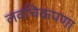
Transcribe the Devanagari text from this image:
लवचिकपणा